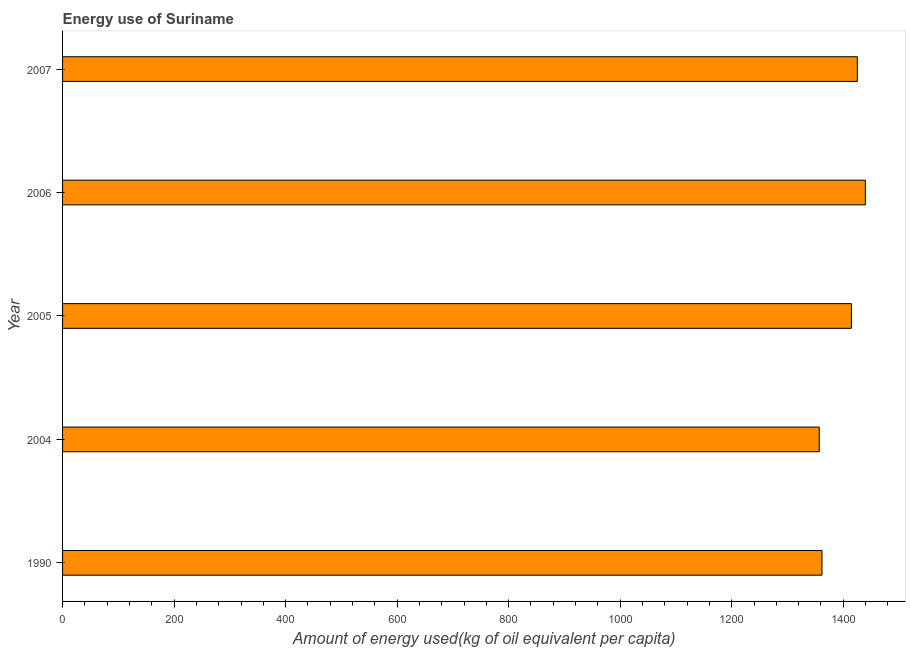
| Year | Energy use  |
 | --- | --- |
 | 1990 | 1.36e+03 |
 | 2004 | 1.36e+03 |
 | 2005 | 1.41e+03 |
 | 2006 | 1.44e+03 |
 | 2007 | 1.43e+03 |